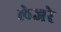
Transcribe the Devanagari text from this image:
लेजरे